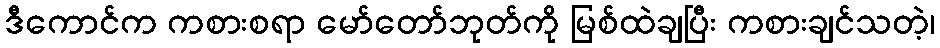
ဒီကောင်က ကစားစရာ မော်တော်ဘုတ်ကို မြစ်ထဲချပြီး ကစားချင်သတဲ့၊